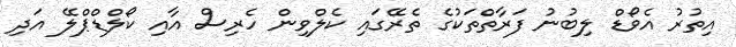
އިތުރު އެވޯޑް ލިބުނު ފަރާތްތަކުގެ ތެރޭގައި ކެލްވިން ހެރިސް އާއި ކޯލްޑްޕްލޭ އަދި